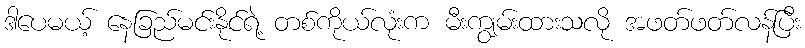
ဒါပေမယ့် နေခြည်မင်းနိုင်ရဲ့ တစ်ကိုယ်လုံးက မီးကျွမ်းထားသလို အဖတ်ဖတ်လန်ပြီး